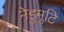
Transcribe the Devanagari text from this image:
नेडुमुटि